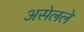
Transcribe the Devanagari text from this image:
असेलले